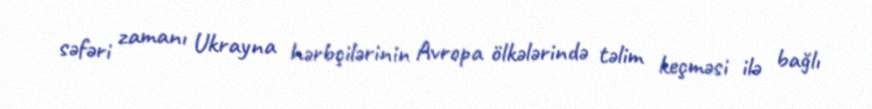
səfəri zamanı Ukrayna hərbçilərinin Avropa ölkələrində təlim keçməsi ilə bağlı